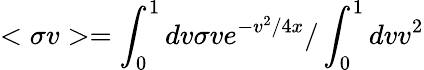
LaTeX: <\sigma v>=\int_{0}^{1}dv\sigma ve^{-v^{2}/4x}/\int_{0}^{1}dvv^{2}